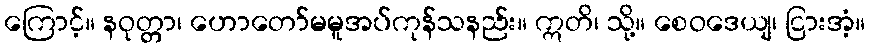
ကြောင့်။ နဝုတ္တာ၊ ဟောတော်မမူအပ်ကုန်သနည်း။ ဣတိ၊ သို့။ စေဝဒေယျ၊ ငြားအံ့။